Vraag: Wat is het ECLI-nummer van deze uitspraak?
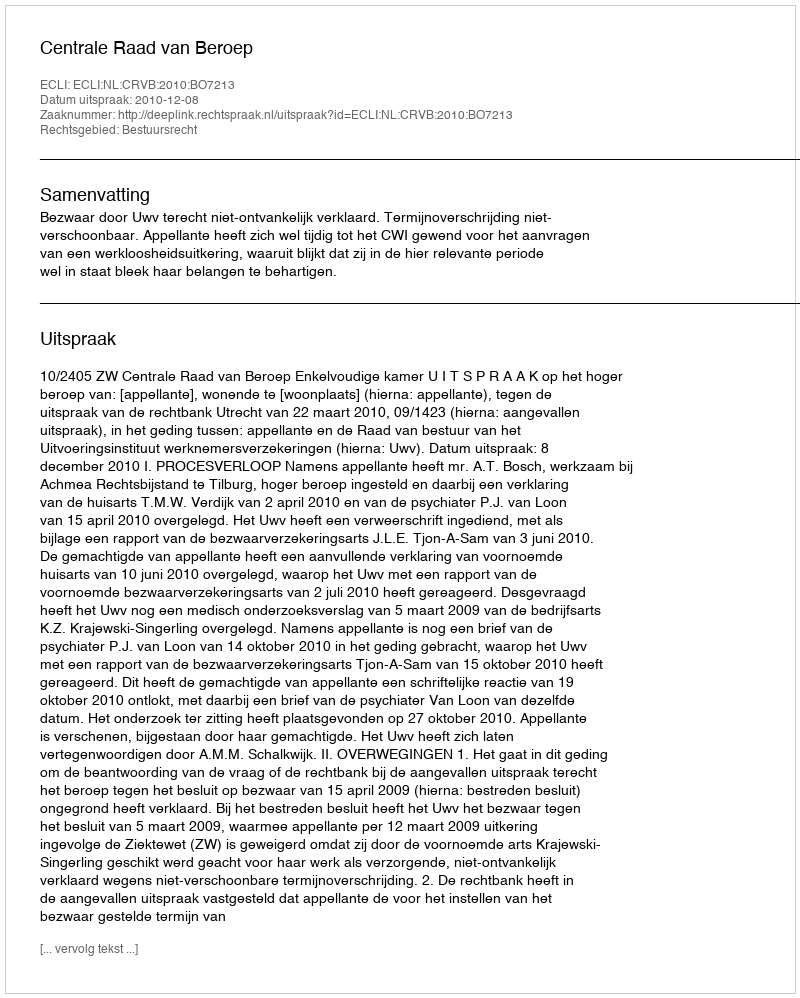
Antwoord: ECLI:NL:CRVB:2010:BO7213